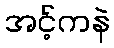
အင့်ကနဲ